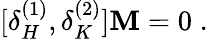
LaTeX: [\delta_{H}^{(1)},\delta_{K}^{(2)}]\mathbf{M}=0\; .